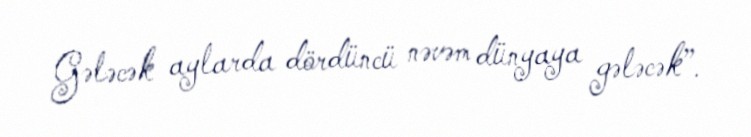
Gələcək aylarda dördüncü nəvəm dünyaya gələcək”.